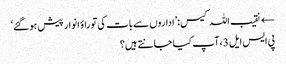
← نقیب اللہ کیس:’اداروں سے بات کی تو راؤ انوار پیش ہو گئے‘
پی ایس ایل 3، آپ کیا جانتے ہیں؟